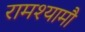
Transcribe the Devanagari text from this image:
रामश्यामौ